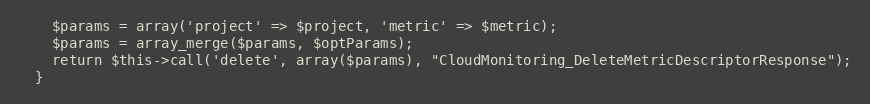
Language: PHP
    $params = array('project' => $project, 'metric' => $metric);
    $params = array_merge($params, $optParams);
    return $this->call('delete', array($params), "CloudMonitoring_DeleteMetricDescriptorResponse");
  }